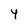
Character: Y